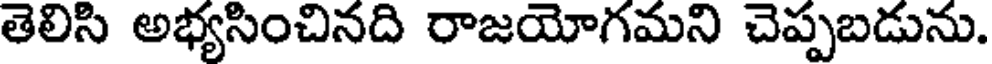
తెలిసి అభ్యసించినది రాజయోగమని చెప్పబడును.